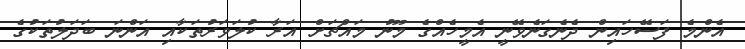
އެންމެ ފަސޭހައިން ދެނެގަނެވޭނީ އެމީހެއްގެ މޫނު މައްޗަށް އަރާ ކުލަަވަރުތަކާއި އަންނަ ބަދަލުތަކުގެ